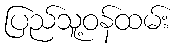
ပြည်သူ့ဝန်ထမ်း